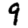
Digit: 9